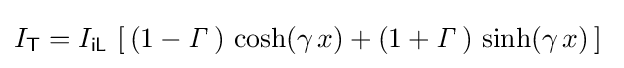
I_{\mathsf {T}}=I_{\mathsf {iL}}\,\left[\,(1-{\mathit {\Gamma }}\,)\,\cosh(\gamma \,x)+(1+{\mathit {\Gamma }}\,)\,\sinh(\gamma \,x)\,\right]~